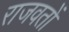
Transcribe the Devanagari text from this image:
राजवतों